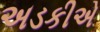
અડકીએ